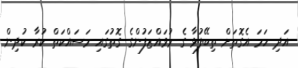
އަދި ހަމަ އެގޮތަށް ތިބޭފުޅާ ގެ މުވައްޒަފުންގެ ގޮތުގައި މަސައްކަތް ކުރާ ކުދިން